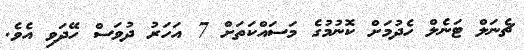
ޗެނަލް ޓަނެލް ހެދުމަށް ކޮނުމުގެ މަސައްކަތަށް 7 އަހަރު ދުވަސް ހޭދަވި އެވެ.